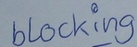
Text: blocking